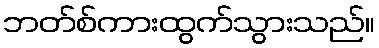
ဘတ်စ်ကားထွက်သွားသည်။